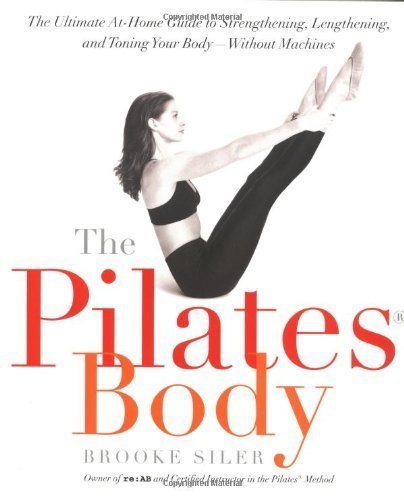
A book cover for The Pilates Body: The Ultimate At-Home Guide to Strengthening, Lengthening, and Toning Your Body--Without Machines by Siler, Brooke 1st (first) edition [Paperback(2000)]; Brooke Siler; Health, Fitness & Dieting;